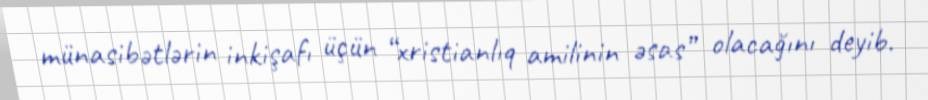
münasibətlərin inkişafı üçün “xristianlıq amilinin əsas” olacağını deyib.